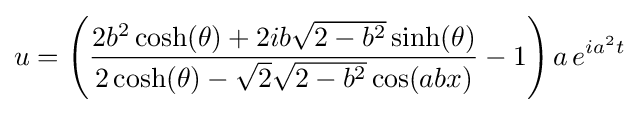
u=\left({\frac {2b^{2}\cosh(\theta )+2ib{\sqrt {2-b^{2}}}\sinh(\theta )}{2\cosh(\theta )-{\sqrt {2}}{\sqrt {2-b^{2}}}\cos(abx)}}-1\right)a\,e^{ia^{2}t}